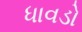
ધાવડો